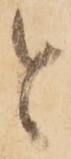
と